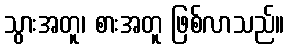
သွားအတူ၊ စားအတူ ဖြစ်လာသည်။